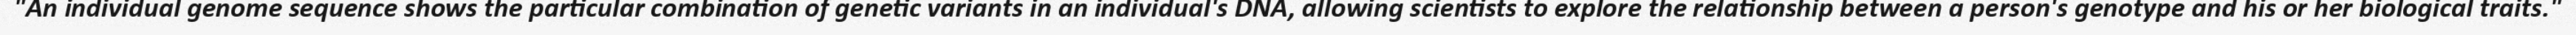
"An individual genome sequence shows the particular combination of genetic variants in an individual's DNA, allowing scientists to explore the relationship between a person's genotype and his or her biological traits."